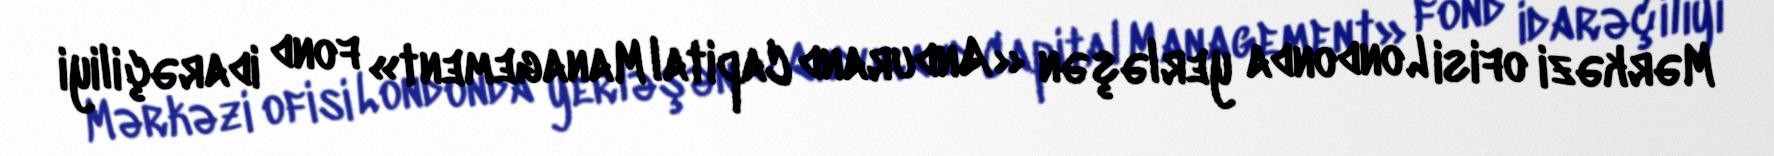
Mərkəzi ofisi Londonda yerləşən «Andurand Capital Management» fond idarəçiliyi